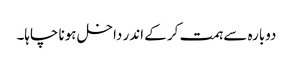
دوبارہ سے ہمت کر کے اندر داخل ہونا چاہا۔